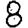
Digit: 8